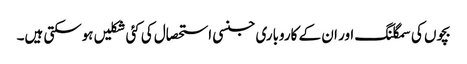
بچوں کی سمگلنگ اور ان کے کاروباری جنسی استحصال کی کئی شکلیں ہوسکتی ہیں۔